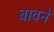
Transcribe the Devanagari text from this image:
बावनै